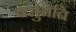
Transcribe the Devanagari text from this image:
वसुमति